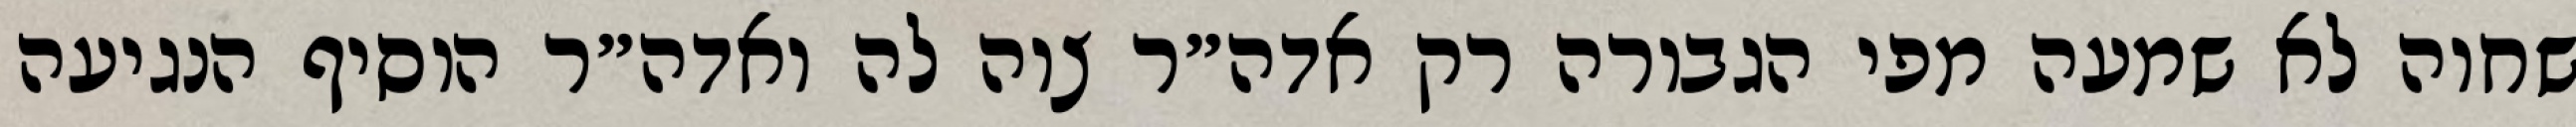
שחוה לא שמעה מפי הגבורה רק אדה״ר צוה לה ואדה״ר הוסיף הנגיעה